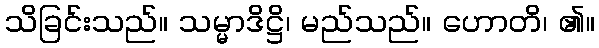
သိခြင်းသည်။ သမ္မာဒိဋ္ဌိ၊ မည်သည်။ ဟောတိ၊ ၏။